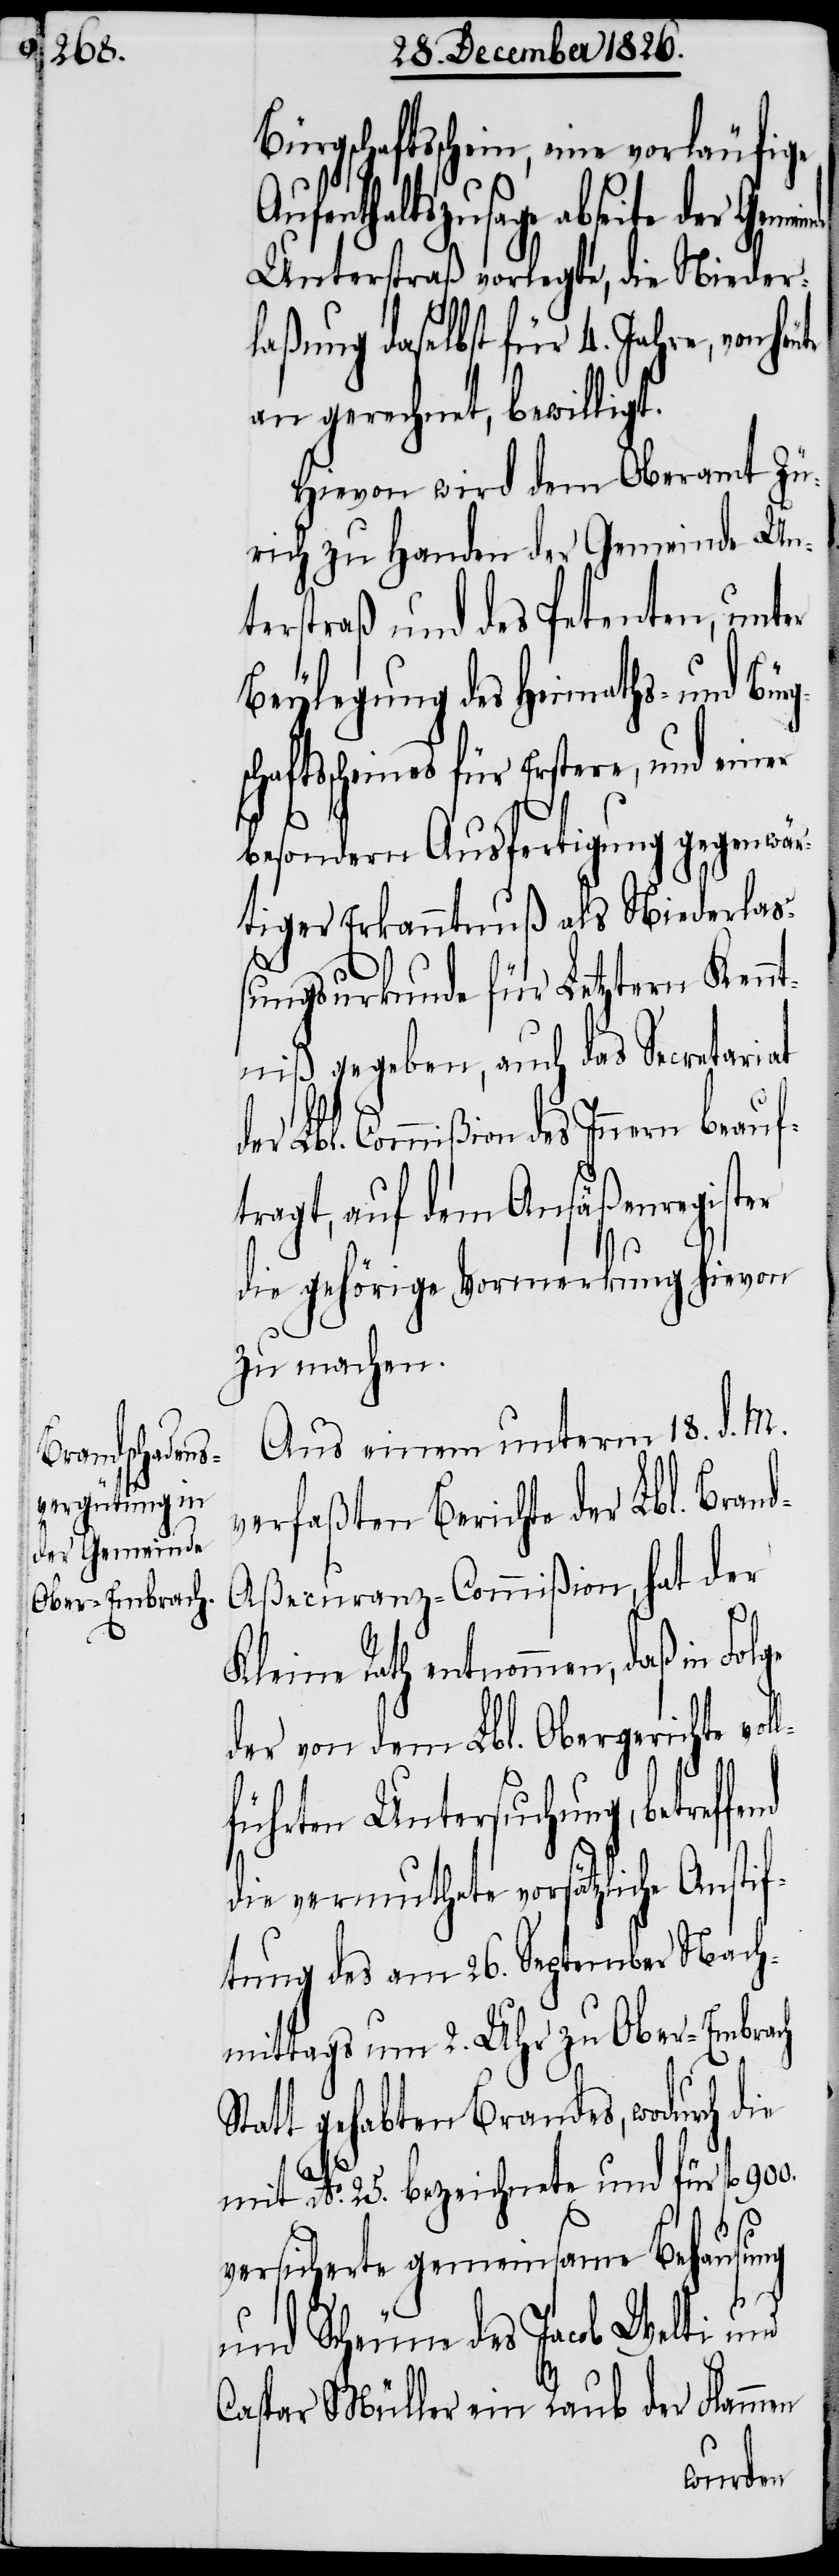
der Gemeinde

Bürgschaftsschein, eine vorläufige
Aufenthaltszusage abseite
Unterstraß vorlegte, die Nieder¬
laßung daselbst für 4. Jahre, von
an gerechnet, bewilligt.
Hievon wird dem Oberamt Zü¬
rich zu Handen der Gemeinde Un¬
terstraß und des Petenten, unter
Beylegung des Heimaths- und Bürg¬
chaftsscheines für Erstere, und einer
besondern Ausfertigung gegenwär¬
tiger Erkanntnuß als Niederlaß¬
ungsurkunde für Letztern Kennt¬
niß gegeben, auch das Secretariat
er Lbl. Commißion des Innern beauf¬
tragt, auf dem Ansäßenregister
die gehörige Vormerkung hievon
zu machen.
Aus einem unterm 18. d. M.
verfaßten Berichte der Lbl. Brand¬
aßecuranz-Commißion, hat der
Kleine Rath entnommen, daß in Folge
der von dem Lbl. Obergerichte vo¬
führten Untersuchung, betreff¬
nd
die vermuthete vorsätzliche Anstif¬
tung des am 26. September Nach¬
mittags um 2. Uhr zu Ober-Embrach
Statt gehabten Brandes, wodurch die
mit No. 25. bezeichnete und für fl.
versicherte gemeinsame Behausung
und Scheune des Jacob Welti und
Caspar Müller ein Raub der Flammen